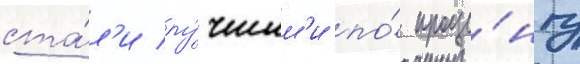
ста́л'и лу́чшим'и по́ проце́нту